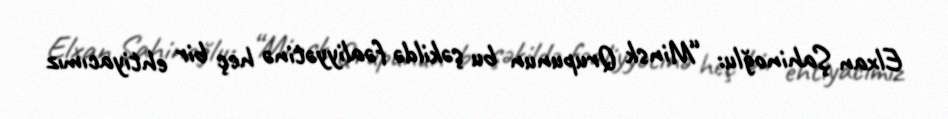
Elxan Şahinoğlu: “Minsk Qrupunun bu şəkildə fəaliyyətinə heç bir ehtiyacımız